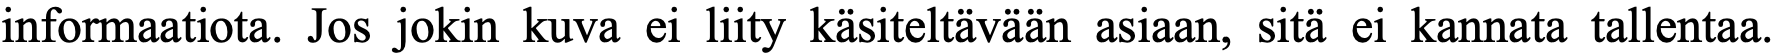
informaatiota. Jos jokin kuva ei liity käsiteltävään asiaan, sitä ei kannata tallentaa.